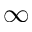
\infty